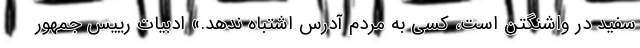
سفید در واشنگتن است، کسی به مردم آدرس اشتباه ندهد.» ادبیات رییس جمهور